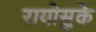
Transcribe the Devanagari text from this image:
रायोसुके